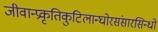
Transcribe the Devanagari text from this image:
जीवान्प्रकृतिकुटिलान्घोरसंसारसिन्धो